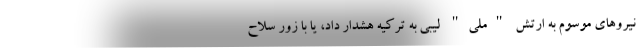
نیروهای موسوم به ارتش "ملی" لیبی به ترکیه هشدار داد، یا با زور سلاح